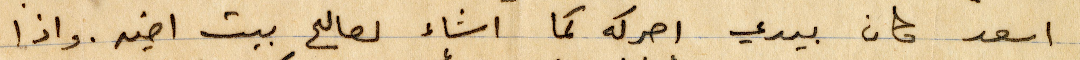
اسعد كان بيدي احركه كما اشاء لصالح بيت أخيه. واذا